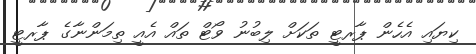
ކިޔައި އެހެން ޕާރޓީ ތަކަށް ލިބުނު ވޯޓް ތައް އެއީ ތިމަންނާގެ ޕާރޓީ